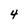
Character: 4